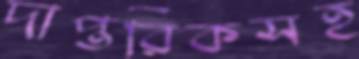
দাপ্তরিকসহ